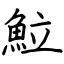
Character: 𩶘